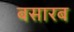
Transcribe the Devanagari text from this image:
बसारब